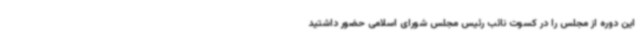
این دوره از مجلس را در کسوت نائب رئیس مجلس شورای اسلامی حضور داشتید